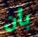
بأن